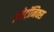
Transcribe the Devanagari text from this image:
इलेट्रॉनिक्स